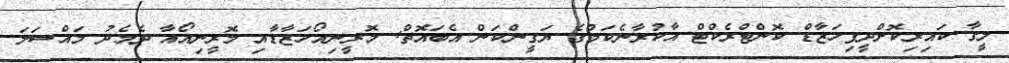
ލީގާ ކައިރިކޮށްދީފިހަޒާޑް ކޮންޓްރެކްޓް އާކުރާނެކަމުގެ ޔަގީންކަން އެބައޮތް: މޮރީނިއޯހަޒާޑާއި މޮރީނިއޯއާ ދެމެދު މައްސަލަ